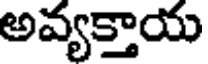
అవ్యక్తాయ